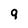
Character: 9